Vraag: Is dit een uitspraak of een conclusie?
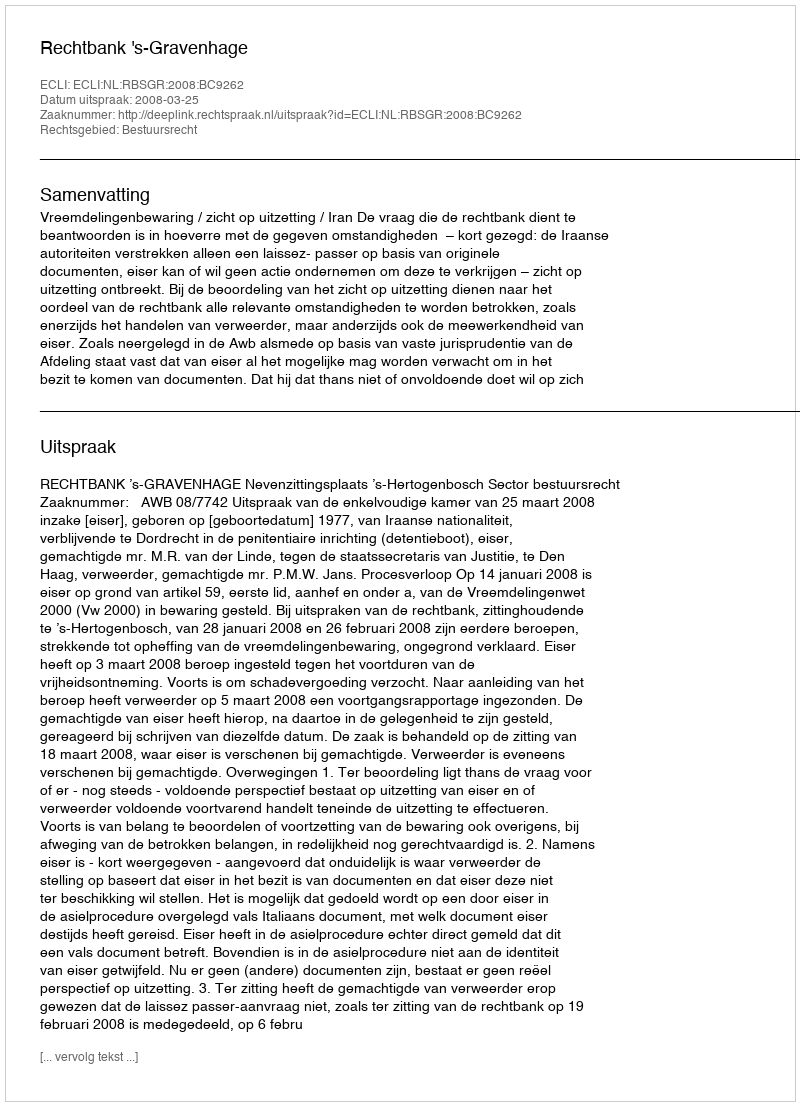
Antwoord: Uitspraak